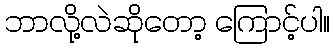
ဘာလို့လဲဆိုတော့ ကြောင့်ပါ။